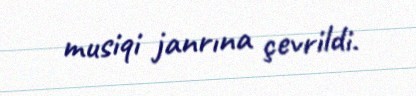
musiqi janrına çevrildi.